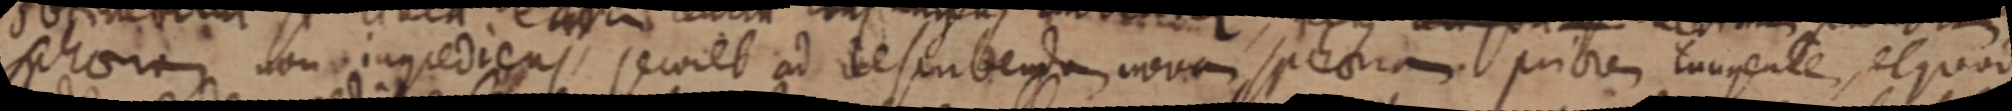
sphaera non ingrediens secoret ad describenda nova sphaeram priorem tangente, et quod